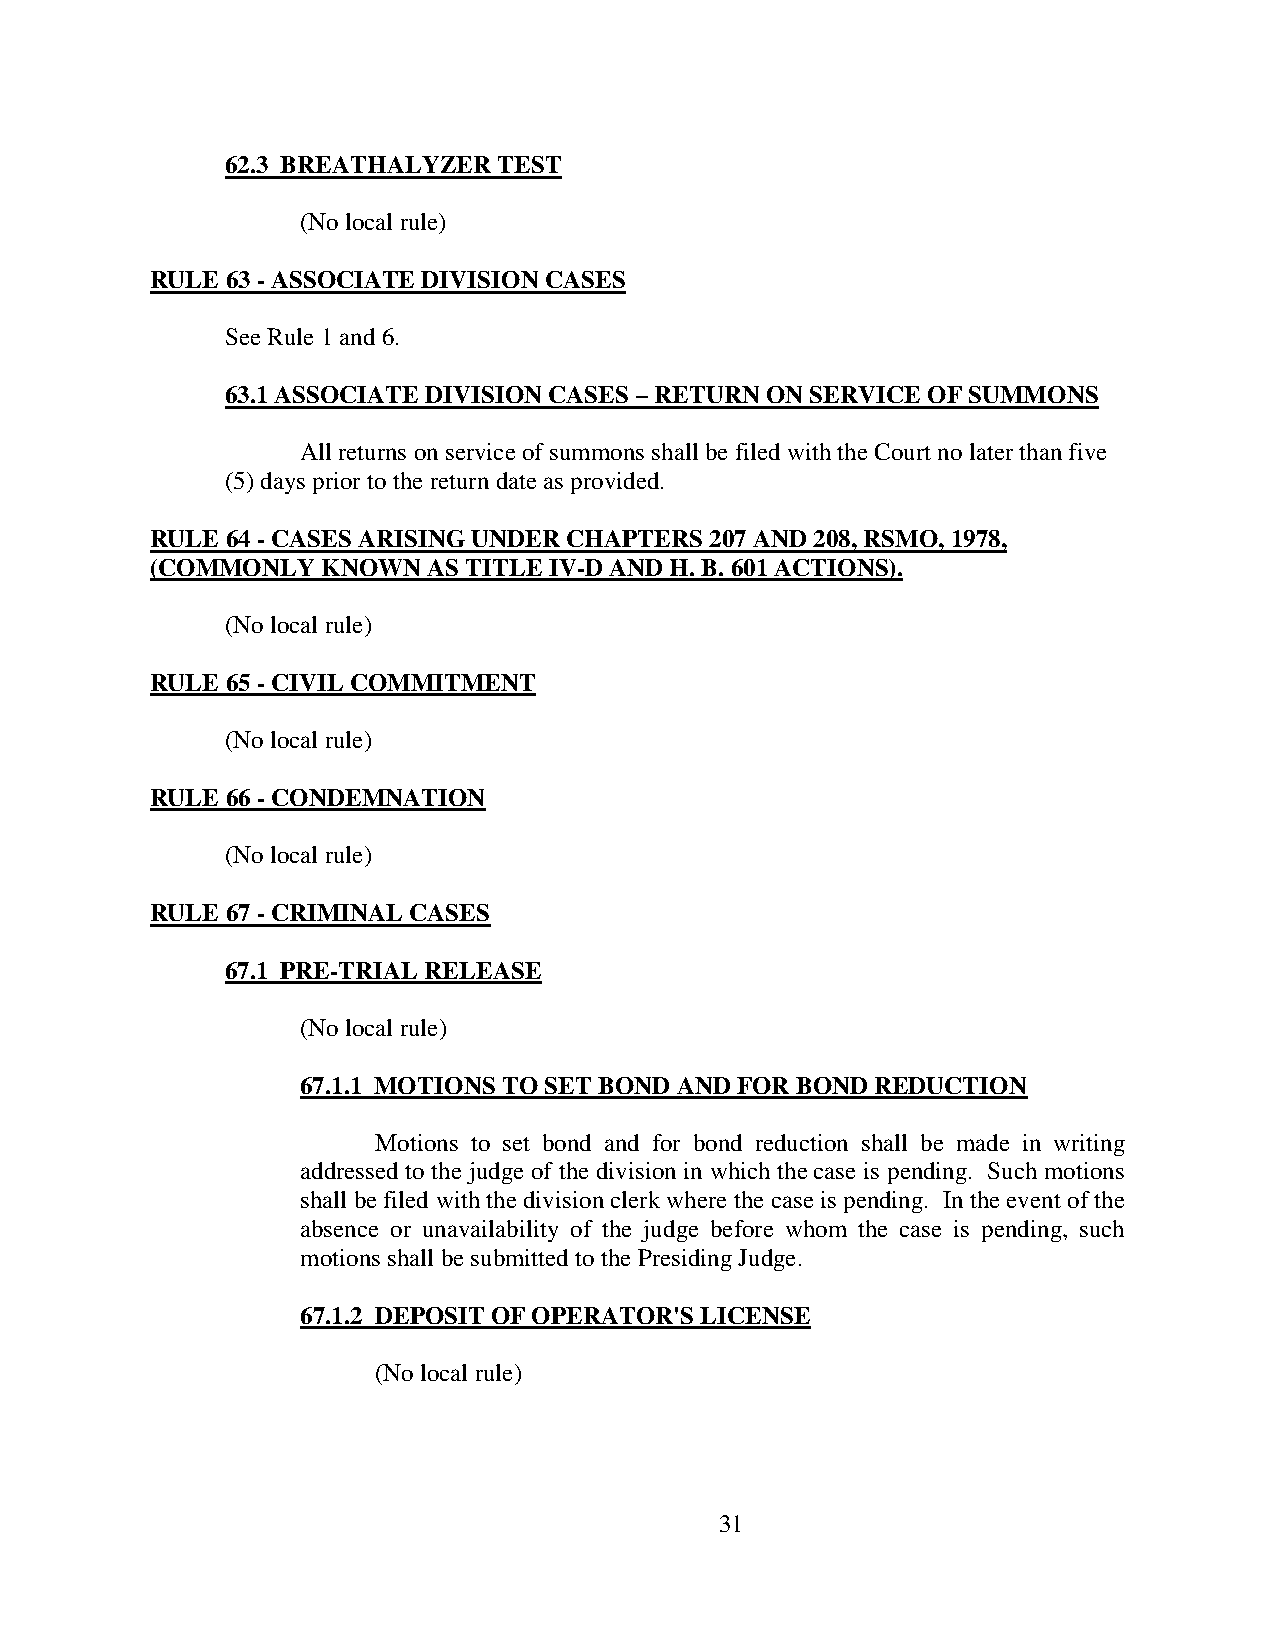
62.3 BREATHALYZER TEST
 (No local rule)
 RULE 63 - ASSOCIATE DIVISION CASES
 See Rule 1 and 6.
 63.1 ASSOCIATE DIVISION CASES – RETURN ON SERVICE OF SUMMONS
 All returns on service of summons shall be filed with the Court no later than five
 (5) days prior to the return date as provided.
 RULE 64 - CASES ARISING UNDER CHAPTERS 207 AND 208, RSMO, 1978,
 (COMMONLY  KNOWN  AS TITLE IV-D AND H. B. 601 ACTIONS).
 (No local rule)
 RULE 65 - CIVIL COMMITMENT
 (No local rule)
 RULE 66 - CONDEMNATION
 (No local rule)
 RULE 67 - CRIMINAL CASES
 67.1 PRE-TRIAL RELEASE
 (No local rule)
 67.1.1 MOTIONS TO SET BOND AND FOR BOND REDUCTION
 Motions to set bond and for bond reduction shall be made in writing
 addressed to the judge of the division in which the case is pending. Such motions
 shall be filed with the division clerk where the case is pending. In the event of the
 absence or unavailability of the judge before whom the case is pending, such
 motions shall be submitted to the Presiding Judge.
 67.1.2 DEPOSIT OF OPERATOR'S LICENSE
 (No local rule)
 31